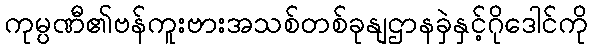
ကုမ္ပဏီ၏ဗန်ကူးဗားအသစ်တစ်ခုနျဌာနခှဲနှင့်ဂိုဒေါင်ကို